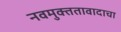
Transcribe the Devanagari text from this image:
नवमुक्ततावादाचा